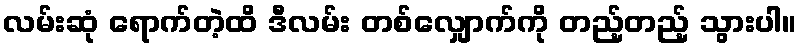
လမ်းဆုံ ရောက်တဲ့ထိ ဒီလမ်း တစ်လျှောက်ကို တည့်တည့် သွားပါ။